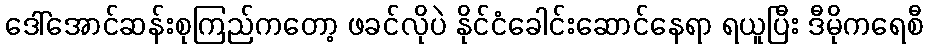
ဒေါ်အောင်ဆန်းစုကြည်ကတော့ ဖခင်လိုပဲ နိုင်ငံခေါင်းဆောင်နေရာ ရယူပြီး ဒီမိုကရေစီ